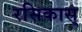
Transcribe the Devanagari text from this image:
रसिकास्